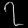
Digit: ၇